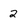
Character: 2